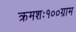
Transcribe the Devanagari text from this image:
क्रमशः१००ग्राम